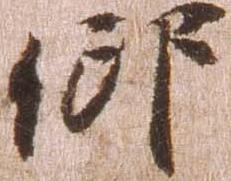
仰